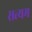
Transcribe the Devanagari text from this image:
सत्यम